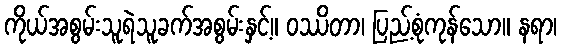
ကိုယ်အစွမ်းသူရဲသူခက်အစွမ်းနှင့်။ ဝဿိတာ၊ ပြည့်စုံကုန်သော။ နရာ၊